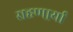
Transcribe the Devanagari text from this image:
राहणार्र्या